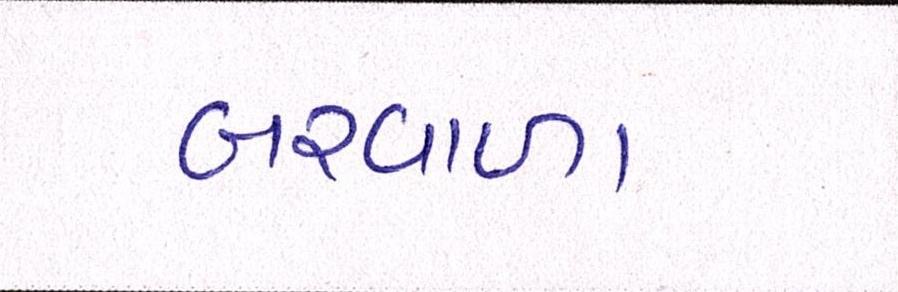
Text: બરવાળા